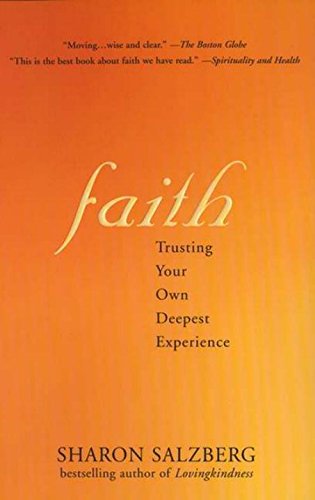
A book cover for Faith: Trusting Your Own Deepest Experience; Sharon Salzberg; Christian Books & Bibles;